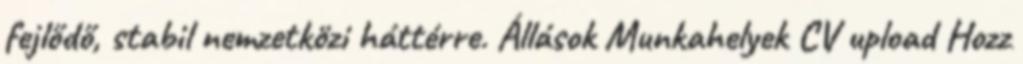
fejlődő, stabil nemzetközi háttérre. Állások Munkahelyek CV upload Hozz